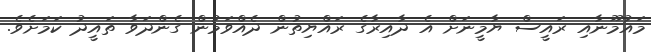
މައުމޫނާއި ރައީސް ޔާމީނަށް އެ ދާއިރާގެ ރައްޔިތުން ދެއްވަމުން ގެންދަވާ ތައީދު ކަމަށެވެ.